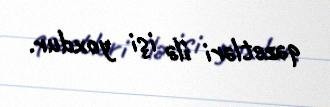
qəzetləri ilə işi yoxdur.